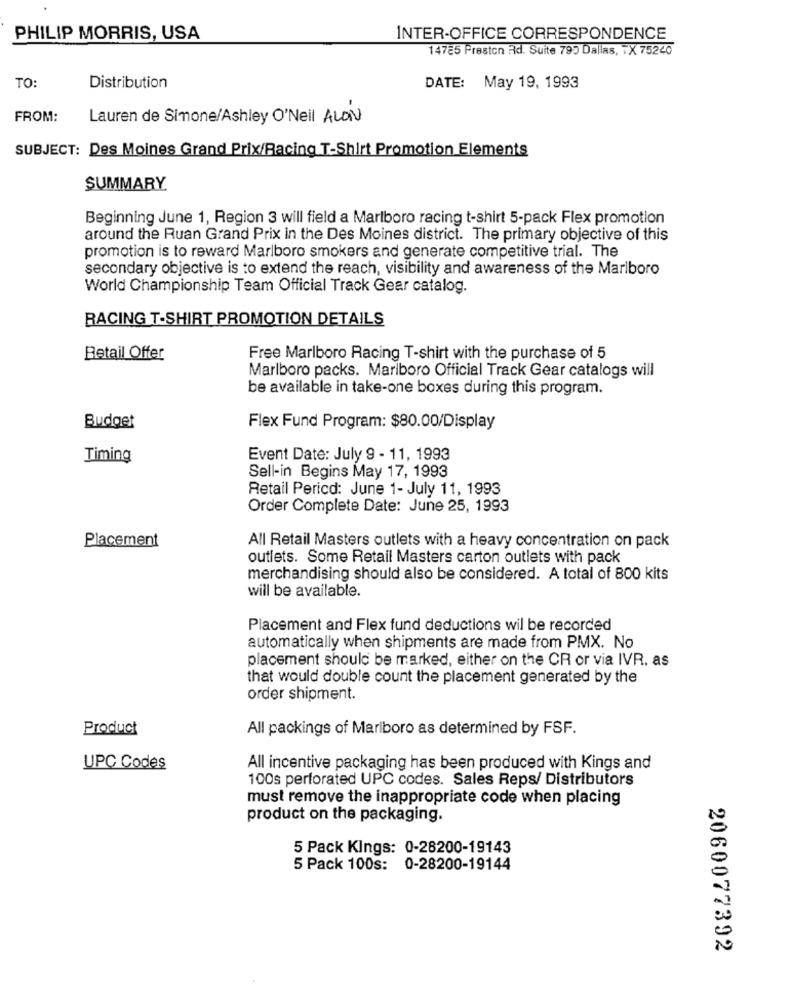
PHILIP MORRIS, USA
INTER-OFFICE CORRESPONDENCE
14785 Preston Rd. Suite 795 Dallas, TX 75240
TO:
Distribution
DATE: May 19, 1993
FROM:
Lauren de Simone/Ashley O'Neil ALON
SUBJECT: Des Moines Grand Prix/Racing T-Shirt Promotion Elements
SUMMARY
Beginning June 1, Region 3 will field a Marlboro racing t-shirt 5-pack Flex promotion
around the Ruan Grand Prix in the Des Moines district. The primary objective of this
promotion is to reward Marlboro smokers and generate competitive trial. The
secondary objective is to extend the reach, visibility and awareness of the Marlboro
World Championship Team Official Track Gear catalog.
RACING T-SHIRT PROMOTION DETAILS
Retail Offer
Free Marlboro Racing T-shirt with the purchase of 5
Marlboro packs. Marlboro Official Track Gear catalogs will
be available in take-one boxes during this program.
Budget
Flex Fund Program: $80.00/Display
Timing
Event Date: July 9 - 11, 1993
Sell-in Begins May 17, 1993
Retail Pericd: June 1- July 11, 1993
Order Complete Date: June 25, 1993
Placement
All Retail Masters outlets with a heavy concentration on pack
outlets. Some Retail Masters carton outlets with pack
merchandising should also be considered. A total of 800 kits
will be available.
Placement and Flex fund deductions wil be recorded
automatically when shipments are made from PMX. No
placement should be marked, either on the CR or via IVR. as
that would double count the placement generated by the
order shipment.
Product
All packings of Marlboro as determined by FSF.
UPC Codes
All incentive packaging has been produced with Kings and
100s perforated UPC codes. Sales Reps/ Distributors
must remove the inappropriate code when placing
product on the packaging.
5 Pack Kings: 0-28200-19143
5 Pack 100s: 0-28200-19144
2060077392